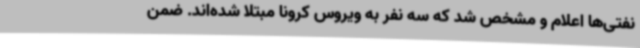
نفتی‌ها اعلام و مشخص شد که سه نفر به ویروس کرونا مبتلا شده‌اند. ضمن